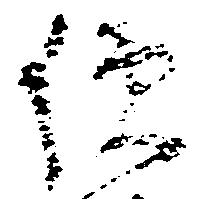
便